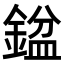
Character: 𨩣